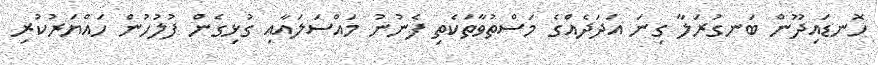
ހޮނޑައިދޫން ބަނގުރަލާ ގިނަ އަދަދެއްގެ މަސްތުވާތަކެތި ފެނުނު މައްސަލައާއި ގުޅިގެން ފުލުހުން ހައްޔަރުކުރި